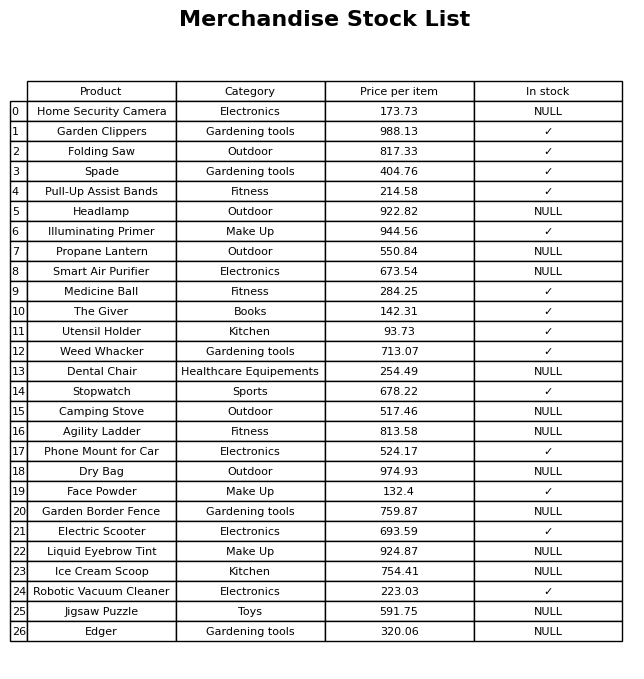
question: What is the price of the Liquid Eyebrow Tint?
answer: The price of Liquid Eyebrow Tint is 924.87.